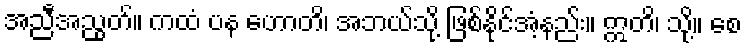
အညီအညွတ်။ ကထံ ပန ဟောတိ၊ အဘယ်သို့ ဖြစ်နိုင်အံ့နည်း။ ဣတိ၊ သို့။ စေ